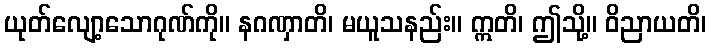
ယုတ်လျော့သောဂုဏ်ကို။ နဂဏှာတိ၊ မယူသနည်း။ ဣတိ၊ ဤသို့။ ဝိညာယတိ၊